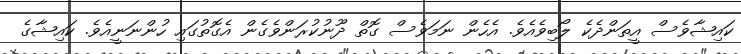
ކައިޝާވެސް އީތަންދެކެ ލޯބިވެއެވެ. އެހެން ނަމަވެސް ގޮތް ދޫނުކުރަންވެގެން އެގޮތުގައި ހުންނަނީއެވެ. ކައިޝާގެ